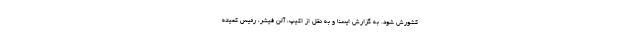
کشورش شود. به گزارش ایسنا و به نقل از اکیپ، آلن فیشر، رئیس کمیته